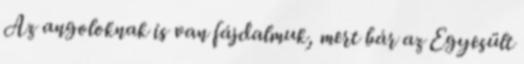
Az angoloknak is van fájdalmuk, mert bár az Egyesült